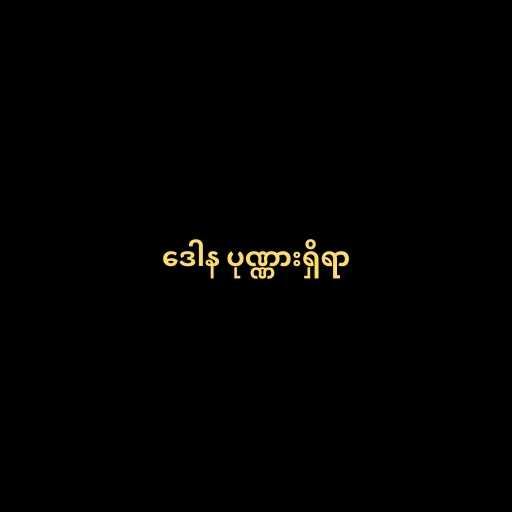
ဒေါန ပုဏ္ဏားရှိရာ